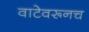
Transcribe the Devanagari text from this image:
वाटेवरूनच